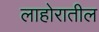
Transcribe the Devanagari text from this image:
लाहोरातील